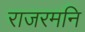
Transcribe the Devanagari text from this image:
राजरमनि